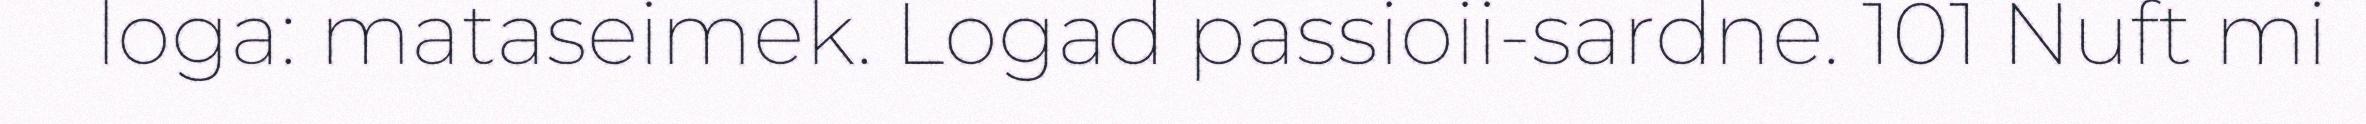
loga: mataseimek. Logad passioii-sardne. 101 Nuft mi